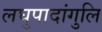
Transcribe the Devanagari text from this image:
लघुपादांगुलि